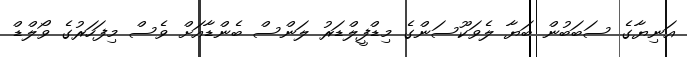
އަނިޔާގެ ސަބަބުން ބަޔާ ލެވަކޫސަންގެ މިޑްފީލްޑަރު ލަންސް ބެންޑާއަށް ވެސް މިފަހަރުގެ ވޯލްޑް